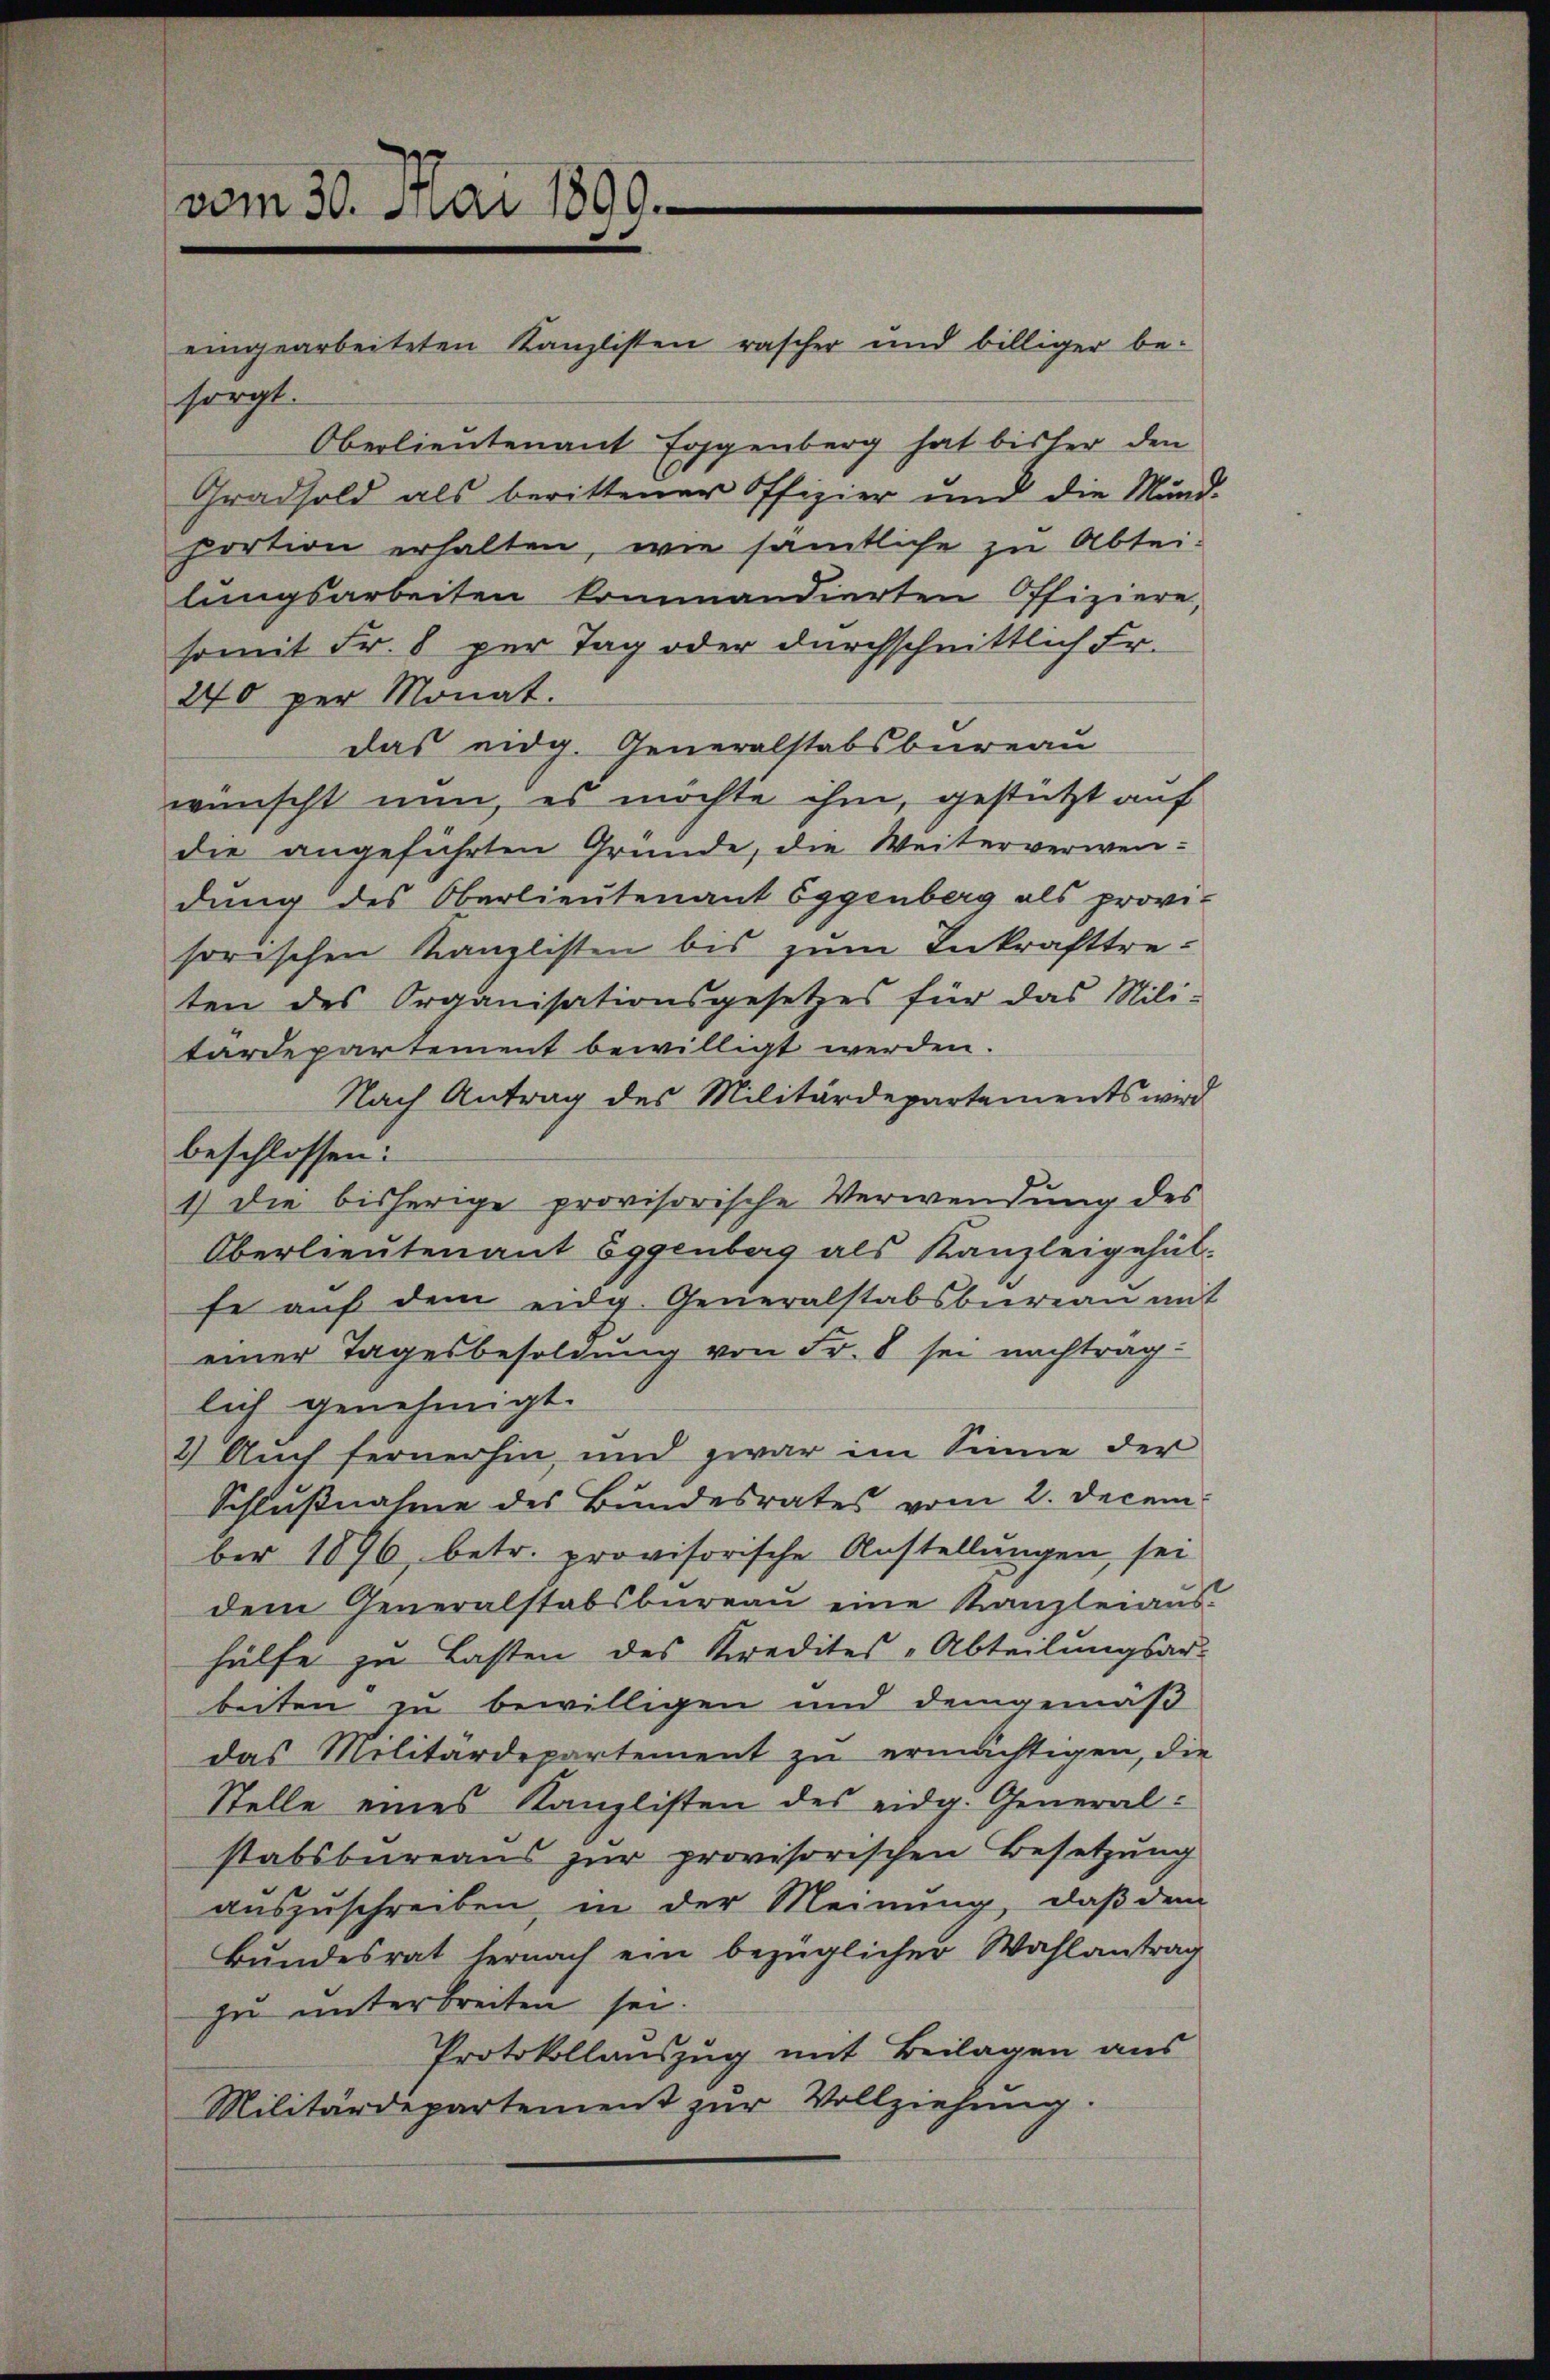
vom 30. Mai 1899.

eingearbeiteten Kanzlisten rascher und billiger be-
sorgt.
Oberlieutenant Eggenberg hat bisher den
Gradsold als berittener Offizier und die Mund-
portion erhalten, wie sämtliche zu Abteilungsarbeiten kommandierten Offiziere,
somit Fr. 8 per Tag oder durchschnittlich Fr.
240 per Monat.
das eidg. Generalstabsbureau
wünscht nun, es möchte ihm, gestützt auf
die angeführten Gründe, die Weiterverwen-
dung des Oberlieutenant Eggenberg als provi-
sorischen Kanzlisten bis zum Inkrafttre-
ten des Organisationsgesetzes für das Mili-
tardepartement bewilligt werden.
Nach Antrag des Militärdepartements wird
1) die bisherige provisorische Verwendung des
Oberlieutenant Eggenberg als Kanzleigehülfe aŭf dem eidg. Generalstabsbureau mit
einer Tagesbesoldung von Fr. 8 sei nachtrag:
lich genehmigt.
2) Auch fernerhin, und zwar im Sinne der
Schlußnahme des Bundesrates vom 2. Decem
ber 1896, betr. provisorische Anstellungen, sei
dem Generalstabsbüreaŭ eine Kanzleiaŭs-
hülfe zu Lasten des Kredites „Abteilungsar-
beiten zu bewilligen und demgemäß
das Militärdepartement zu ermächtigen, die
Stelle eines Kanzlisten des eidg. General-
stabsbureaus zur provisorischen Besetzung
auszuschreiben, in der Meinung, daß dem
Bundesrat hernach ein bezüglicher Wahlantrag
zu unterbreiten sei.
Protokollauszug mit Beilagen aus
Militärdepartement zur Vollziehung.

beschlossen: